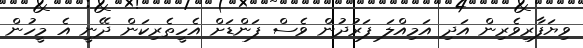
ވިޔަފާރިވެރިން އަދި އަމިއްލަ ފަރުދުން ވެސް ފަންޑަށް އެހީތެރިކަން ދޭނީ އެ މީހުން